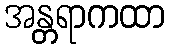
အန္တရာကထာ